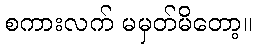
စကားလက် မမှတ်မိတော့။